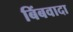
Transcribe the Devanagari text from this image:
बिंबवादा